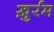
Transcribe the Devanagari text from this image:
ख़ुर्रम